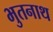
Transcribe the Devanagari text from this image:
भुतनाथ